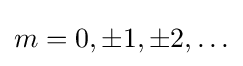
m=0,\pm 1,\pm 2,\ldots